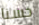
حسنا